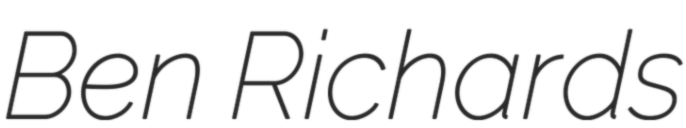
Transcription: Ben Richards